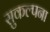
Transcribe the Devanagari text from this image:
सुकल्पना